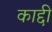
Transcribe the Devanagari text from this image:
काद्दी